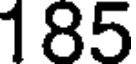
185